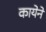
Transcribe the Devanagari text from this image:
कायेने